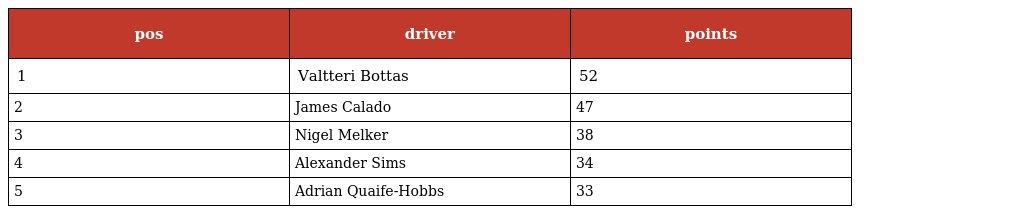
| pos | driver | points |
 | --- | --- | --- |
 | 1 | Valtteri Bottas | 52 |
 | 2 | James Calado | 47 |
 | 3 | Nigel Melker | 38 |
 | 4 | Alexander Sims | 34 |
 | 5 | Adrian Quaife-Hobbs | 33 |